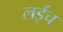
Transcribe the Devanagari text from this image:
लईच